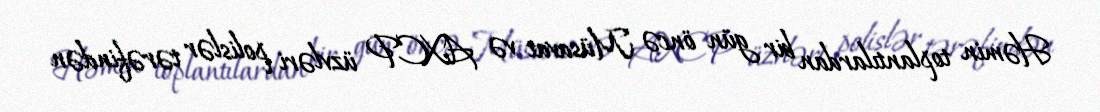
Həmin toplantılardan bir gün öncə Müsavat və AXCP üzvləri polislər tərəfindən